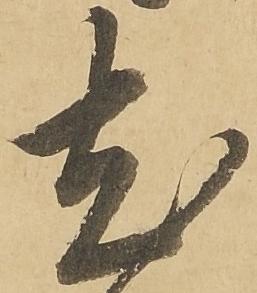
尤